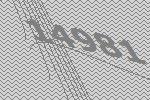
14981